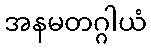
အနမတဂ္ဂါယံ